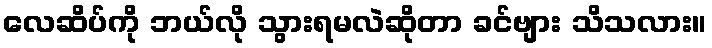
လေဆိပ်ကို ဘယ်လို သွားရမလဲဆိုတာ ခင်ဗျား သိသလား။